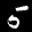
Label: 5